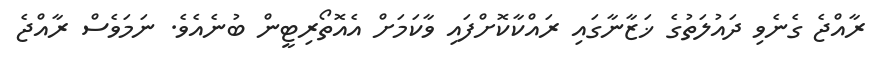
ރާއްޖެ ގެނެވި ދައުލަތުގެ ޚަޒާނާގައި ރައްކާކޮށްފައި ވާކަމަށް އެއޮތޯރިޓީން ބުނެއެވެ. ނަމަވެސް ރާއްޖެ